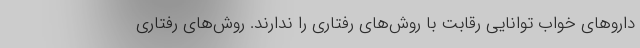
داروهای خواب توانایی رقابت با روش‌های رفتاری را ندارند. روش‌های رفتاری